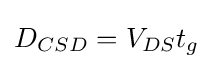
D_{CSD}=V_{DS}t_{g}